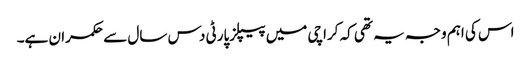
اس کی اہم وجہ یہ تھی کہ کراچی میں پیپلزپارٹی دس سال سے حکمران ہے۔